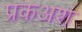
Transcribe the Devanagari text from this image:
प्रकअश